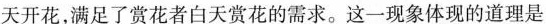
天开花，满足了赏花者白天赏花的需求。这一现象体现的道理是